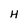
Character: H